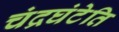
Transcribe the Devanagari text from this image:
चंद्रघंटेति